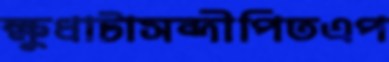
ক্ষুধাটাসন্দীপিতএপ